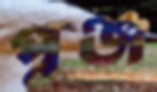
পুঞ্জ